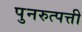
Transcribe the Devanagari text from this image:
पुनरुत्पत्ती